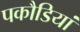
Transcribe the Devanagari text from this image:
पकौडियां